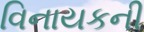
વિનાયકની